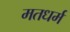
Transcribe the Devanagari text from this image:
मतधर्म